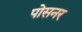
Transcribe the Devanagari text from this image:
पोसनर